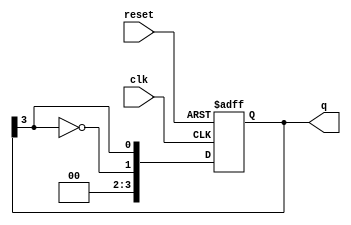
module johnson_counter #(
    parameter N = 4 // Number of flip-flops (you can change this value)
)(
    input wire clk,       // Clock input
    input wire reset,     // Asynchronous reset input
    output reg [N-1:0] q // Output of the counter
);

// Always block triggered on the rising edge of the clock or the reset signal
always @(posedge clk or posedge reset) begin
    if (reset) begin
        // Asynchronous reset: set all outputs to 0
        q <= 0;
    end else begin
        // Johnson counter logic
        q <= {~q[N-1], q[N-1:N-1]}; // Shift and feedback inverted last output
    end
end

endmodule